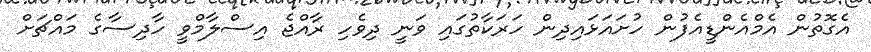
އެގޮތުން އެމްއެންޑީއެފުން ހުށައަޅައިދިން ހަރަކާތުގައި ވަނީ ދިވެހި ރާއްޖެ އިސްލާމްވީ ހާދިސާގެ މައްޗަށް